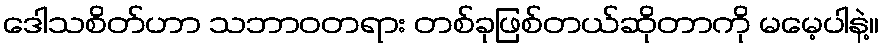
ဒေါသစိတ်ဟာ သဘာဝတရား တစ်ခုဖြစ်တယ်ဆိုတာကို မမေ့ပါနဲ့။